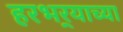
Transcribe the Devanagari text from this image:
हरभर्‍याच्या